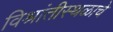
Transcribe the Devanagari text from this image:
विश्रांतीस्थळाचे